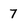
Character: 7